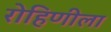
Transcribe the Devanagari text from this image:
रोहिणीला